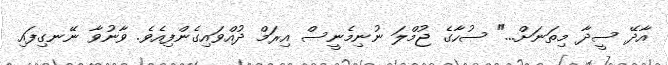
އާދޭ ސީދާ މިތަނަށް..." ސުހާގެ ޖުމްލަ ނުނިމެނީސް އިރަމް ދުއްވައިގެންފިއެވެ. ވާނުވާ ނޭނގިފައި